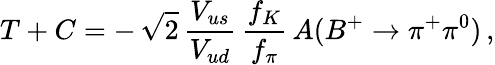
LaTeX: T+C=-\, \sqrt{2}\, \frac{V_{us}}{V_{ud}}\, \frac{f_{K}}{f_{\pi}}\, A(B^{+}\to\pi^{+}\pi^{0})\, ,